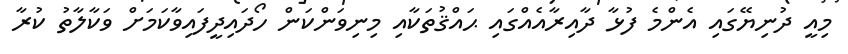
މިއީ ދުނިޔޭގައި އެންމެ ފުޅާ ދާއިރާއެއްގައި ޙައްޤުތަކާއި މިނިވަންކަން ހޯދައިދީފައިވާކަމަށް ވަކާލާތު ކުރާ